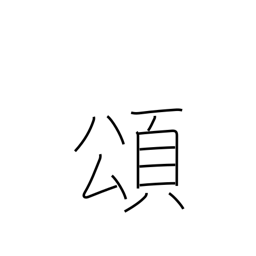
Meaning: eulogy